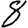
Digit: 8